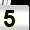
Digit: 5